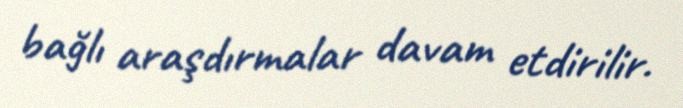
bağlı araşdırmalar davam etdirilir.